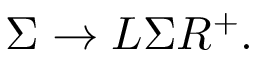
\Sigma \rightarrow L \Sigma R ^ { + } .